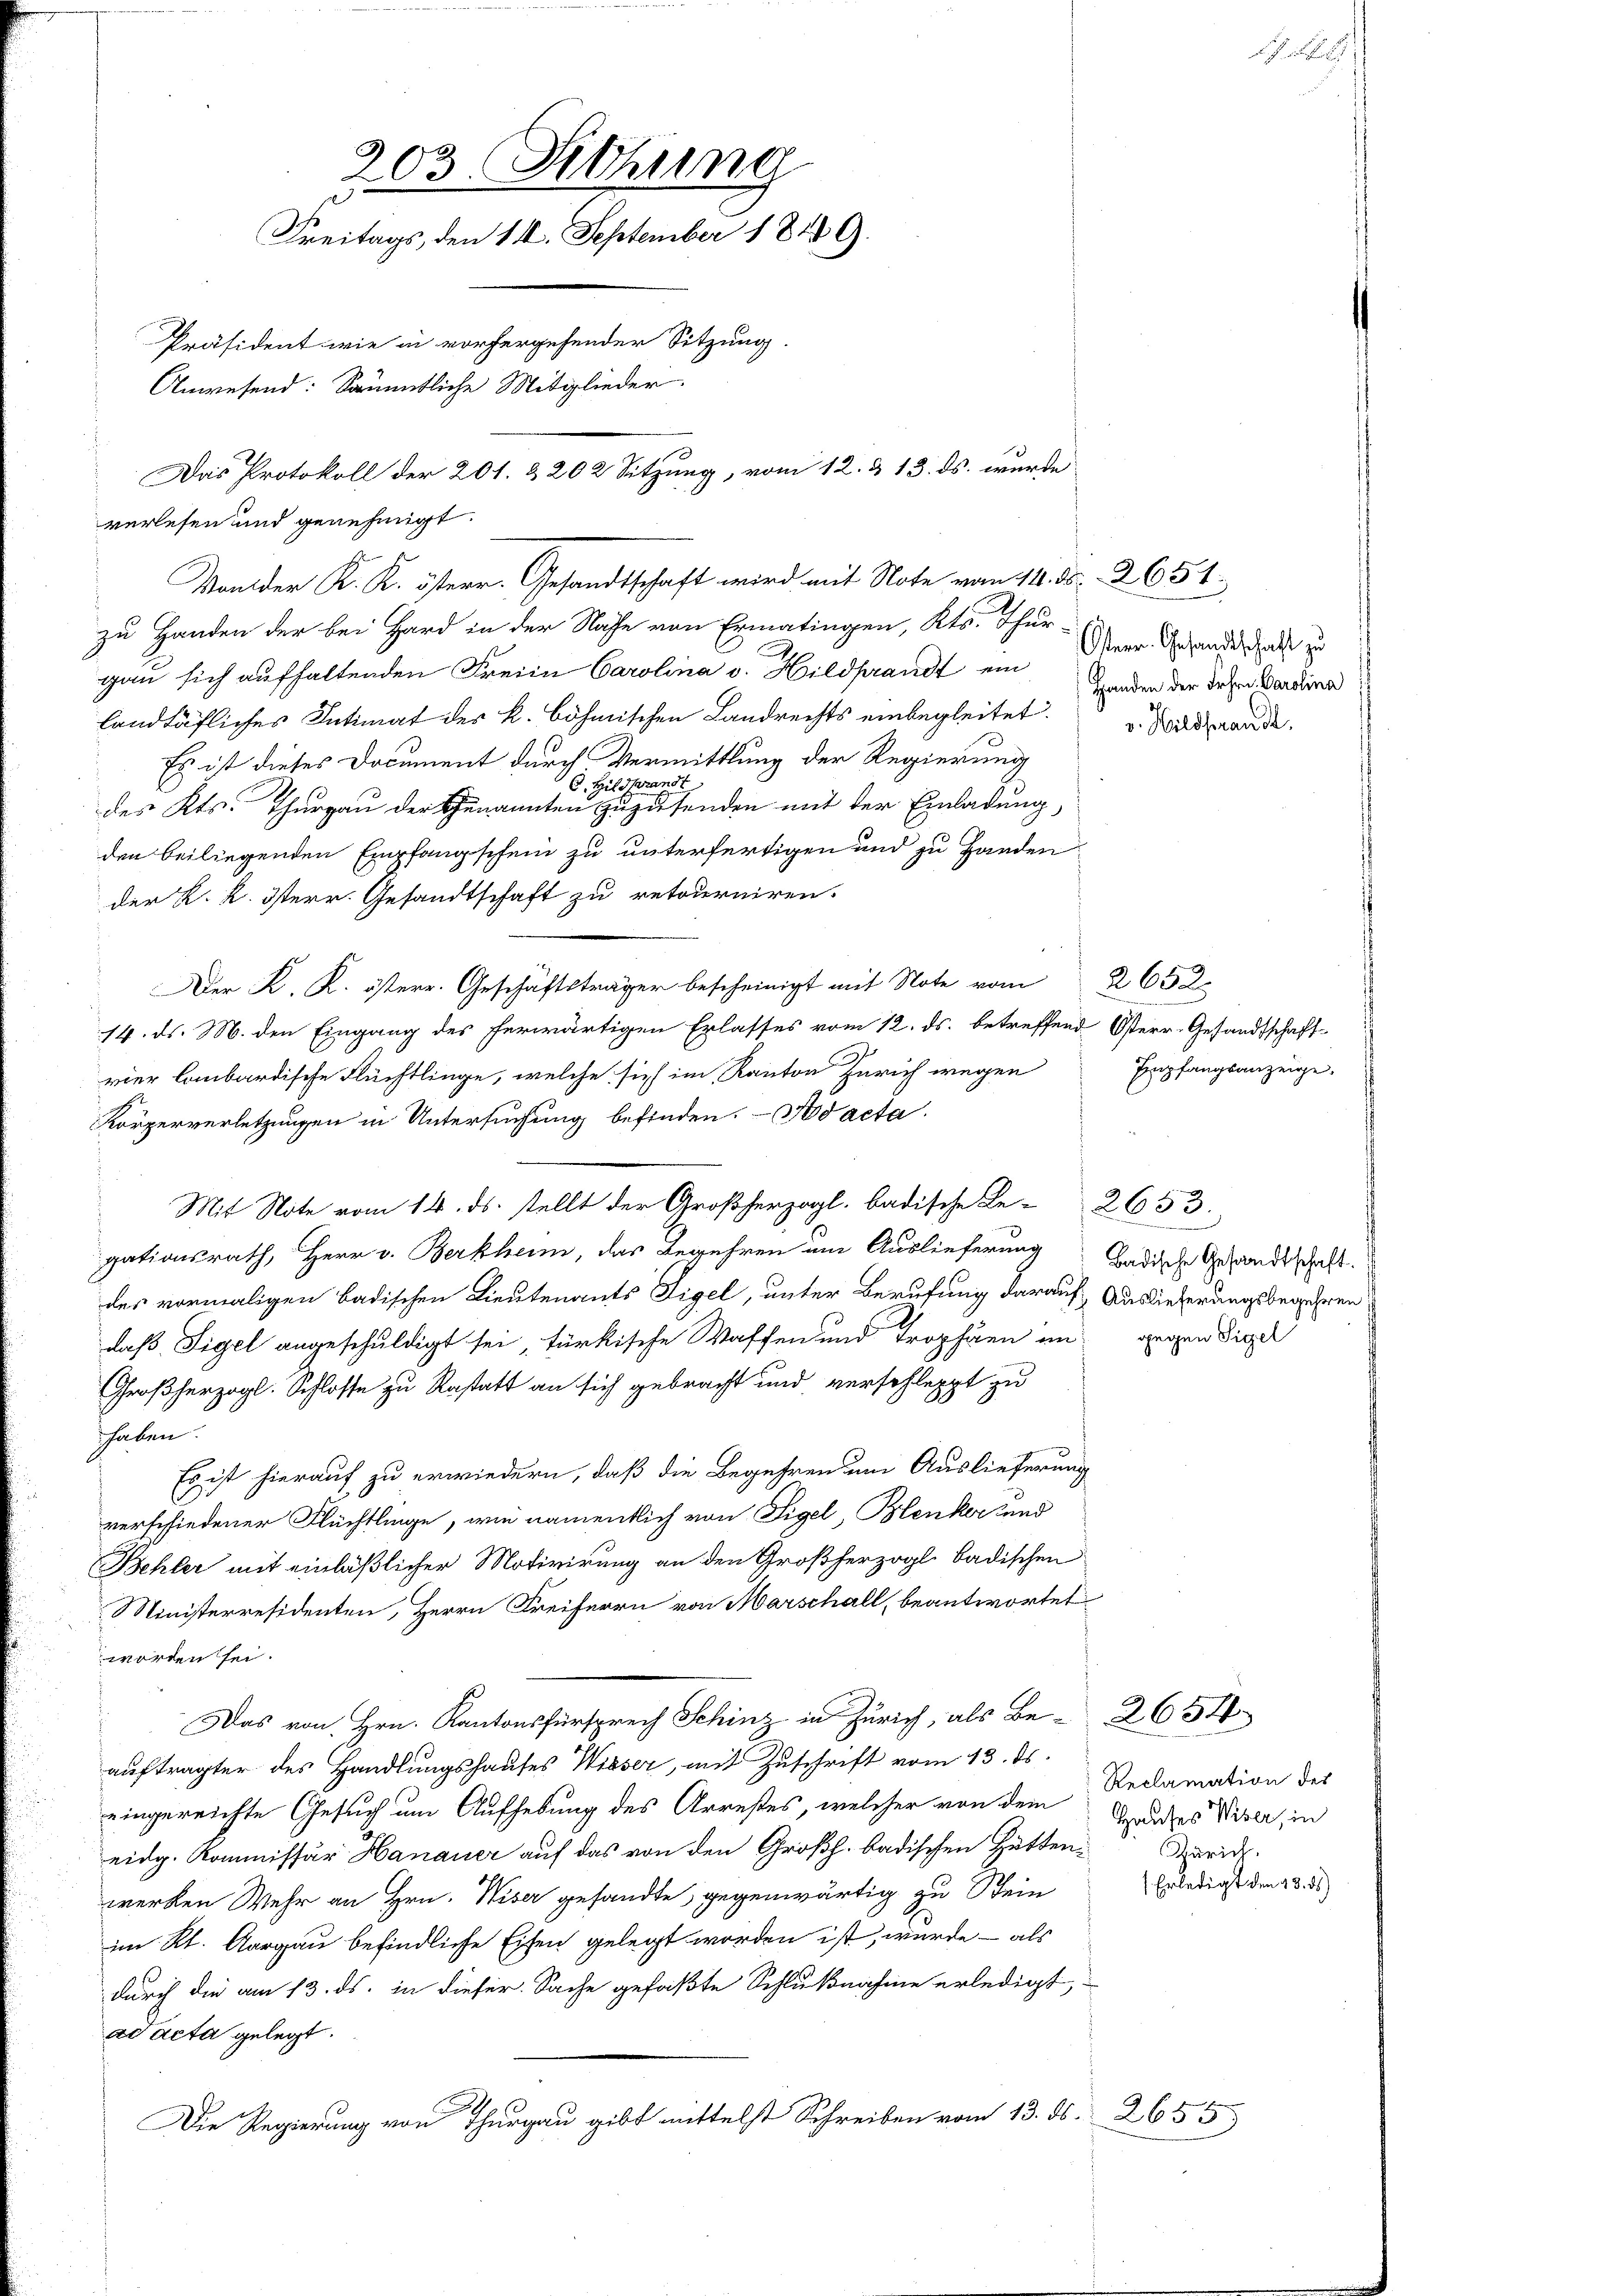
zu Handen der bei Hard in der Nache von Ermatingen, Kts. Thur
gau sich aufhaltenden Freien Carolina v. Hildprandt ein
landtäfliches Intimat des k. böhmischen Landrechts einbegleitet. Baden de
Es ist dieses Document durch Vermittlung der Regierung
C. Hilderandt
des Kts. Thurgau der Genannten zuzufenden mit der Einladung,
den beiliegenden Empfangschein zu unterfertigen und zu Handender K. K. Isterr. Gesandtschaft zu retourniren.

14. ds. M. den Eingang des herwärtigen Erlasses vom 12. ds. betreffend Osterr-Gesandtschaft-
vier lombardische Flüchtlinge, welche sich im Kanton Zürich wegen Empfangsanzeige
Körperverletzungen in Untersuchung befinden. Ad acta.
s
gationsrath, Herr v. Berkheim, das Begehren am Auslieferung badische Gesandtschaft.
des vormaligen badischen Lieutenants Sigel, unter Berufung darauf Auslieferungsbegehren
daß Sigel angeschuldigt sei, türkische Waffen und Trophäen im gegen Sigel
Großherzogl. Schlosse zu Rastatt an sich gebracht und verschleppt zu
haben.
Es ist hierauf zu erwiedern, daß die Begehren um Auslieferung
verschiedener Flüchtlinge, wie namentlich von Sigel, Blenker und
Behler mit einläßlicher Motivirung an den Großherzogl. badischen
Ministerresidenten, Herrn Freiherrn von Marschall, beantwortet
worden sei.
Das von Hrn. Kantonsfürsprech Schinz in Zürich, als Be- 2654
auftragter des Handlungshauses Wisser, mit Zuschrift vom 13. ds.
eingereichte Gesuch um Aufhebung des Arrestes, welcher von dem Grundes Viser, in
eidg. Kommissär Hanauer auf das von den Großh. badischen Hüttenwerken Wehr an Hrn. Wiser gesandte, gegenwärtig zu Stein
im Kt. Aargau befindliche Eisen gelegt worden ist, wurde — als
durch die am 13. ds. in dieser Sache gefaßte Schlußnahme erledigt,
ad acta gelegt.
Die Regierung von Thurgau gibt mittelst Schreiben vom 13. ds. 2655

203. Sitzung
Freitags, den 11. September 1849.
Präsident wie in vorhergehender Sitzung.
Anwesend: Sämmtliche Mitglieder.
Das Protokoll der 201. & 202 Sitzung, vom 12. & 13. ds. wurde
verlesen und genehmigt.

Man der K. K. österr. Gesandtschaft wird mit Note von 14. ds. 2654.

Mit Note vom 14. ds. stellt der Großherzogl. badische Re-2653.

Osterr. Gesandtschaft zu
Handen der Frhrn. Carolina

Reclamation des
Zürich.
 Erledigt den 18. 55)

s